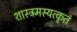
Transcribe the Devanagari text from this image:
शास्त्रमस्यत्कृतं